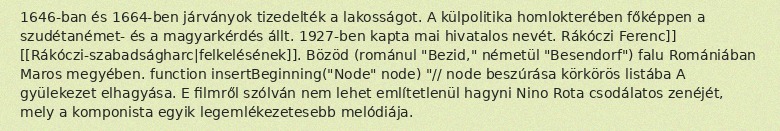
1646-ban és 1664-ben járványok tizedelték a lakosságot. A külpolitika homlokterében főképpen a szudétanémet- és a magyarkérdés állt. 1927-ben kapta mai hivatalos nevét. Rákóczi Ferenc]] [[Rákóczi-szabadságharc|felkelésének]]. Bözöd (románul "Bezid," németül "Besendorf") falu Romániában Maros megyében. function insertBeginning("Node" node) "// node beszúrása körkörös listába A gyülekezet elhagyása. E filmről szólván nem lehet említetlenül hagyni Nino Rota csodálatos zenéjét, mely a komponista egyik legemlékezetesebb melódiája.